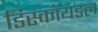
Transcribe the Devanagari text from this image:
डिस्कॉयडल